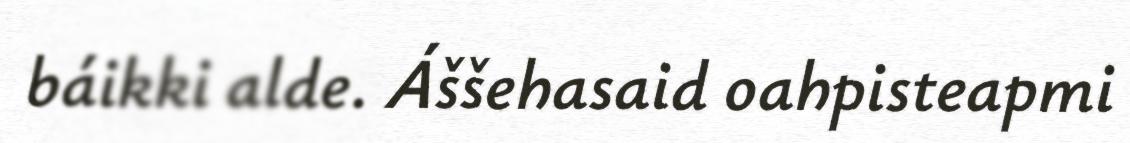
báikki alde. Áššehasaid oahpisteapmi